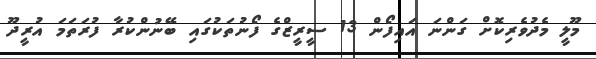
މޫލީ މެދުވެރިކޮށް ގަންނަ އައިފޯން 13 ސީރީޒްގެ ފޯނުތަކުގައި ބޭނުންކުރާ ފުރަތަމަ އުރީދޫ